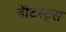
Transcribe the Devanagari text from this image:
डेंटिस्ट्स